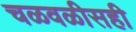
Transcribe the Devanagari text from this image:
चळवळीसही